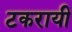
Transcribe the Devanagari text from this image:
टकरायी